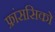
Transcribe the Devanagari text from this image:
फ्रांससिको